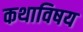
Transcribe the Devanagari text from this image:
कथाविषय